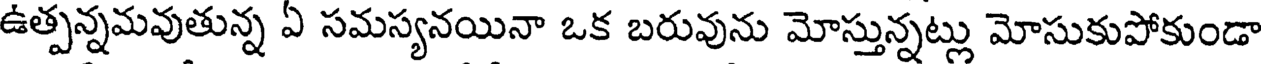
ఉత్పన్నమవుతున్న ఏ సమస్యనయినా ఒక బరువును మోస్తున్నట్లు మోసుకుపోకుండా